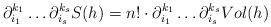
LaTeX: \begin{align*}\partial_{i_1}^{k_1}\ldots \partial_{i_s}^{k_s}S(h) = n! \cdot \partial_{i_1}^{k_1}\ldots \partial_{i_s}^{k_s} Vol(h)\end{align*}